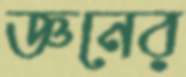
জ্ঞনের